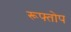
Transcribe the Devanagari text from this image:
रूफ्तोप